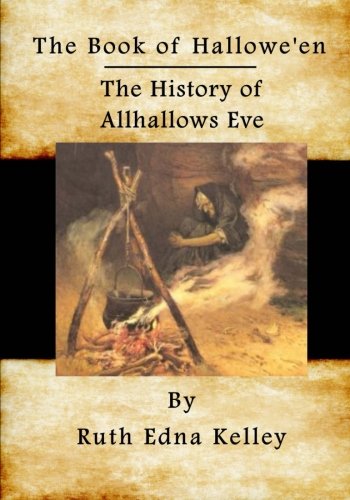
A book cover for The Book of Hallowe'en: The History of Allhallows Eve; Ruth Edna Kelley; Religion & Spirituality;